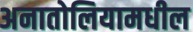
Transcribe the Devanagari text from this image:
अनातोलियामधील